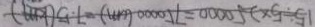
1 5 \div 5 \times 2 5 0 0 0 0 = 7 5 0 0 0 0 ( c m ) = 7 . 5 ( k m )